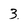
Character: 3